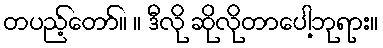
တပည့်တော်။ ။ ဒီလို ဆိုလိုတာပေါ့ဘုရား။